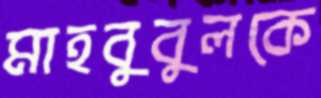
মাহবুবুলকে